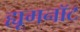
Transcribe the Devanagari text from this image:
ह्यूगनॉट